Civil Veterinary Dept. Bombay admin report 1907-1913 - 1907-1913
Year: 1907
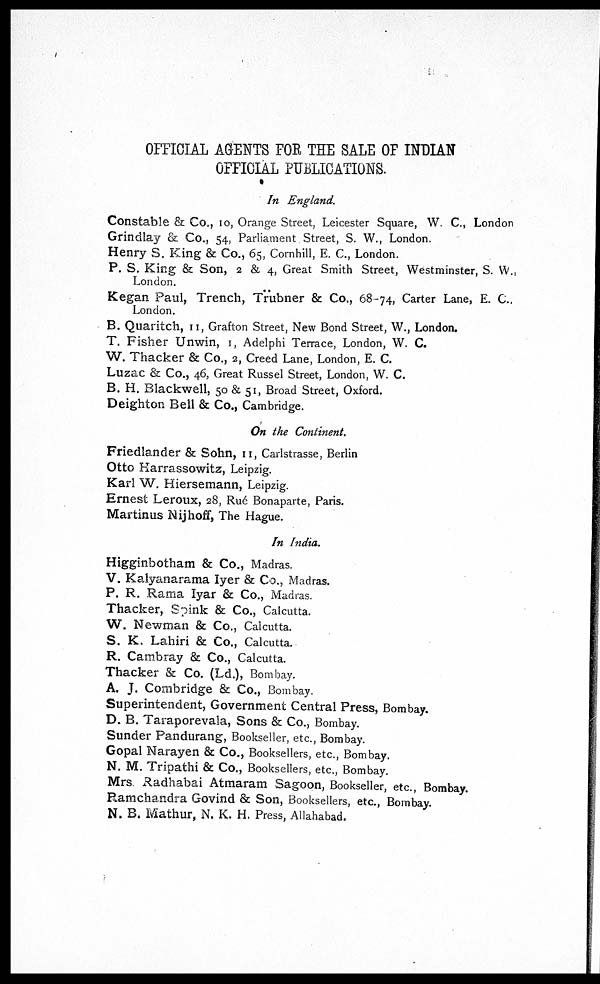
OFFICIAL AGENTS FOE THE SALE OF INDIAN
OFFICIAL PUBLICATIONS.
In England.
Constable & Co., 10, Orange Street, Leicester Square, W. C, London
Grindlay & Co., 54, Parliament Street, S. W., London.
Henry S. King & Co., 65, Cornhill, E. C, London.
P. S. King & Son, 2 & 4, Great Smith Street, Westminster, S. W.,
London.
Kegan Paul, Trench, Trubner & Co., 68-74, Carter Lane, E. C,
London.
B. Quaritch, II, Grafton Street, New Bond Street, W., London.
T. Fisher Unwin, I, Adelphi Terrace, London, W. C.
W. Thacker & Co., 2, Creed Lane, London, E. C.
Luzac & Co., 46, Great Russel Street, London, W. C.
B. H. Blackwell, 50 & 51, Broad Street, Oxford.
Deighton Bell & Co., Cambridge.
On the Continent.
Friedlander & Sohn, II, Carlstrasse, Berlin
Otto Harrassowitz, Leipzig.
Karl W. Hiersemann, Leipzig.
Ernest Leroux, 28, Rué Bonaparte, Paris.
Martinus Nijhoff, The Hague.
In India.
Higginbotham & Co., Madras.
V. Kalyanarama Iyer & Co., Madras.
P. R. Rama Iyar & Co., Madras.
Thacker, Spink & Co., Calcutta.
W. Newman & Co., Calcutta.
S. K. Lahiri & Co., Calcutta.
R. Cambray & Co., Calcutta.
Thacker & Co. (Ld.), Bombay.
A. J. Comb ridge & Co., Bombay.
Superintendent, Government Central Press, Bombay.
D. B. Taraporevala, Sons & Co., Bombay.
Sunder Pandurang, Bookseller, etc., Bombay.
Gopal Narayen & Co., Booksellers, etc., Bombay.
N. M. Tripathi & Co., Booksellers, etc., Bombay.
Mrs. Radhabai Atmaram Sagoon, Bookseller, etc., Bombay.
Ramchandra Govind & Son, Booksellers, etc., Bombay.
N. B. Mathur, N. K. H. Press, Allahabad.